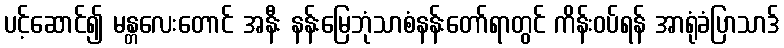
ပင့်ဆောင်၍ မန္တလေးတောင် အနီး နန်းမြေဘုံသာစံနန်းတော်ရာတွင် ကိန်းဝပ်ရန် အာရုံခံပြာသာဒ်